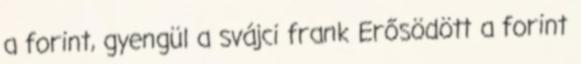
a forint, gyengül a svájci frank Erősödött a forint